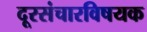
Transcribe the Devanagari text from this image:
दूरसंचारविषयक